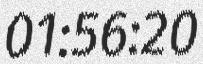
01:56:20